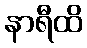
နာရီထိ